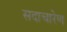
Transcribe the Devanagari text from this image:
सदाचारेण